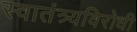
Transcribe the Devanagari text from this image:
स्वातंत्र्यविरोधी